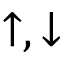
{ \uparrow , \downarrow }